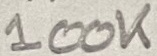
Text: 100K